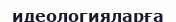
идеологияларға